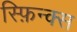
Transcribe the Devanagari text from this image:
स्फ़िन्क्स